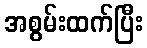
အစွမ်းထက်ပြီး